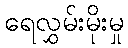
ရေလွှမ်းမိုးမှု